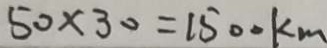
5 0 \times 3 0 = 1 5 0 0 k m